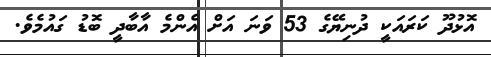
އޮޅުދޫ ކަރައަކީ ދުނިޔޭގެ 53 ވަނަ އަށް އެންމެ އާބާދީ ބޮޑު ގައުމެވެ.